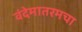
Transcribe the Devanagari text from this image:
वंदेमातरमचा